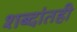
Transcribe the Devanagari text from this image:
शब्दांतही